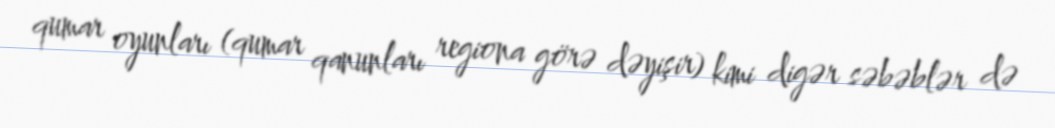
qumar oyunları (qumar qanunları regiona görə dəyişir) kimi digər səbəblər də